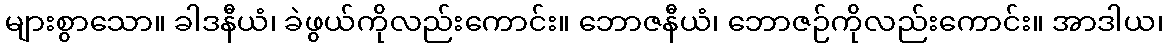
များစွာသော။ ခါဒနီယံ၊ ခဲဖွယ်ကိုလည်းကောင်း။ ဘောဇနီယံ၊ ဘောဇဉ်ကိုလည်းကောင်း။ အာဒါယ၊